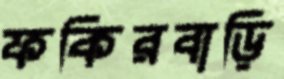
ফকিরবাড়ি